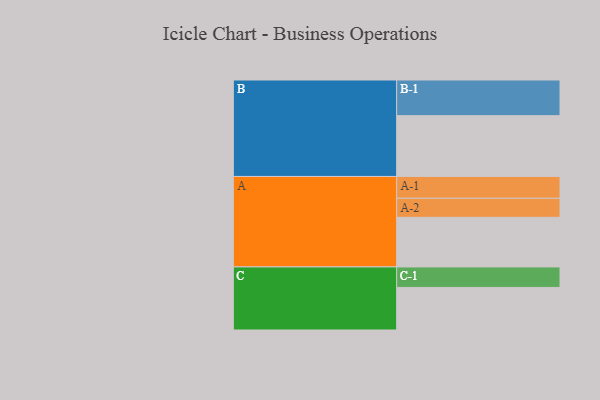
{"axis": {"x": "Segment", "y": "Value"}, "legend": ["", "A", "B", "C"], "data": [{"x": "A", "y": 373, "type": ""}, {"x": "B", "y": 457, "type": ""}, {"x": "C", "y": 320, "type": ""}, {"x": "A-1", "y": 164, "type": "A"}, {"x": "A-2", "y": 143, "type": "A"}, {"x": "B-1", "y": 268, "type": "B"}, {"x": "C-1", "y": 154, "type": "C"}]}